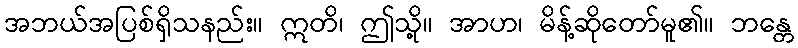
အဘယ်အပြစ်ရှိသနည်း။ ဣတိ၊ ဤသို့။ အာဟ၊ မိန့်ဆိုတော်မူ၏။ ဘန္တေ